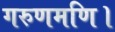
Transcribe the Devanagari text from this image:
गरुणमणि।